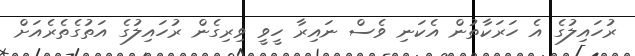
ރުހައިލުގެ އެ ހަރަކާތުން އެކަނި ވެސް ނައިރާ ހީވީ ވިރިގެން ރުހައިލުގެ އަތުގެތެރެއަށް